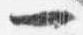
一